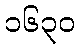
၁၆၃၀